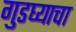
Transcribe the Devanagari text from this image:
गुडघ्याचा